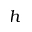
h